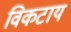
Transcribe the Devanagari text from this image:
विकटाय